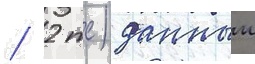
/ 2 тс) данныи